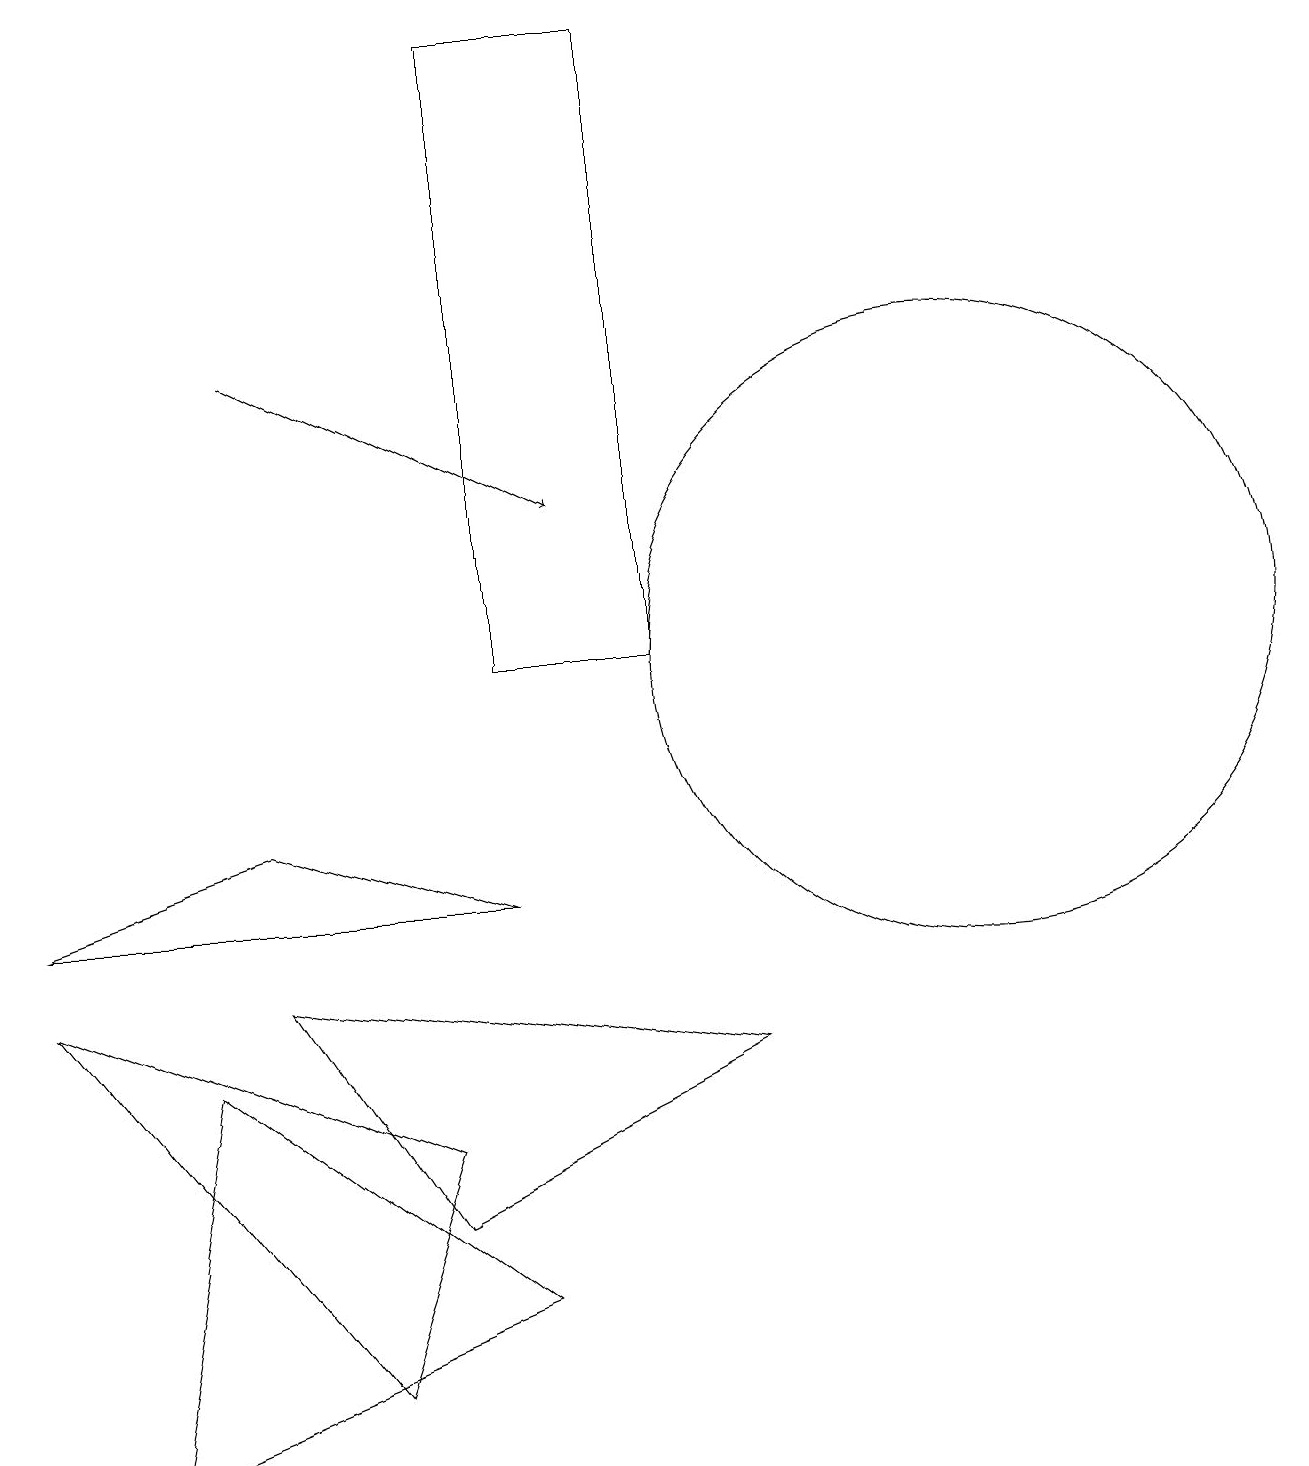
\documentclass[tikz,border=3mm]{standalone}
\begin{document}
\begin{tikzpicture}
\draw (12,10) circle (4);
\draw (6,7) -- (3,8) -- (0,7) -- cycle;
\draw[->] (3,14) -- (7,12);
\draw (8,10) rectangle (6,18);
\draw (0,6) -- (4,1) -- (5,4) -- cycle;
\draw (9,5) -- (3,6) -- (5,3) -- cycle;
\draw (2,5) -- (1,0) -- (6,2) -- cycle;
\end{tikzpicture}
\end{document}